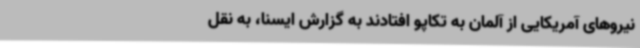
نیروهای آمریکایی از آلمان به تکاپو افتادند به گزارش ایسنا، به نقل